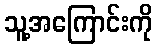
သူ့အကြောင်းကို